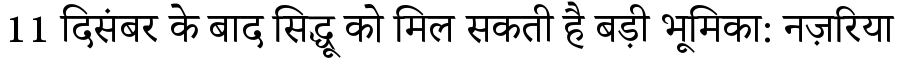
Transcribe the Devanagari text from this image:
11 दिसंबर के बाद सिद्धू को मिल सकती है बड़ी भूमिका: नज़रिया